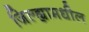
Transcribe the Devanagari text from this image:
जिल्‍ह्यामधील